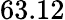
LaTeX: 63.12